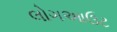
લોગઆઉટ